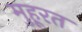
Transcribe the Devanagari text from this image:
मुहूरत